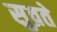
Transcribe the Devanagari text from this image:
सुव्रते